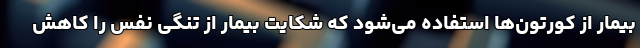
بیمار از کورتون‌ها استفاده می‌شود که شکایت بیمار از تنگی نفس را کاهش